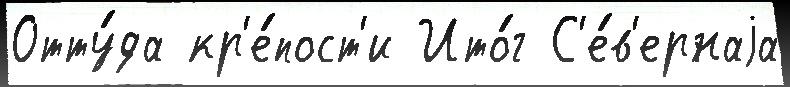
Отту́да кр'е́пост'и Ито́г С'е́в'ернаjа